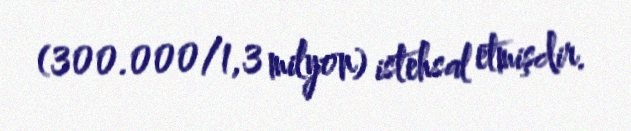
(300.000/1,3 milyon) istehsal etmişdir.